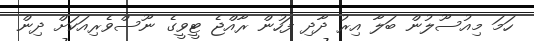
ހަމަ މިއުސޫލުން ބަލާ އިރު ދާދި ފަހުން ރާއްޖެ ޓީވީގެ ނޫސްވެރިއަކަށް ދިން